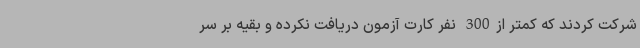
شرکت کردند که کمتر از300 نفر کارت آزمون دریافت نکرده و بقیه بر سر